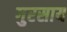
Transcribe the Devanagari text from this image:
गुरसाय